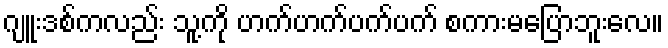
ဂျူးဒစ်ကလည်း သူ့ကို ဟက်ဟက်ပက်ပက် စကားမပြောဘူးလေ။